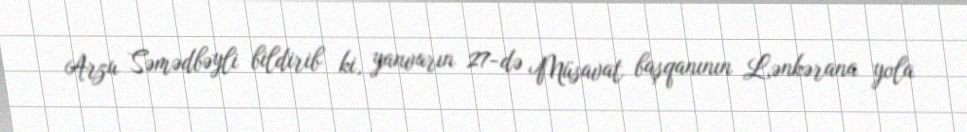
Arzu Səmədbəyli bildirib ki, yanvarın 27-də Müsavat başqanının Lənkərana yola